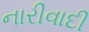
નારીવાદી